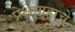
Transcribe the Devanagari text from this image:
प्रेक्षागृहाचे